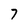
Character: 7